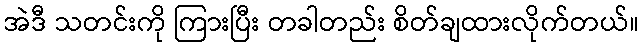
အဲဒီ သတင်းကို ကြားပြီး တခါတည်း စိတ်ချထားလိုက်တယ်။